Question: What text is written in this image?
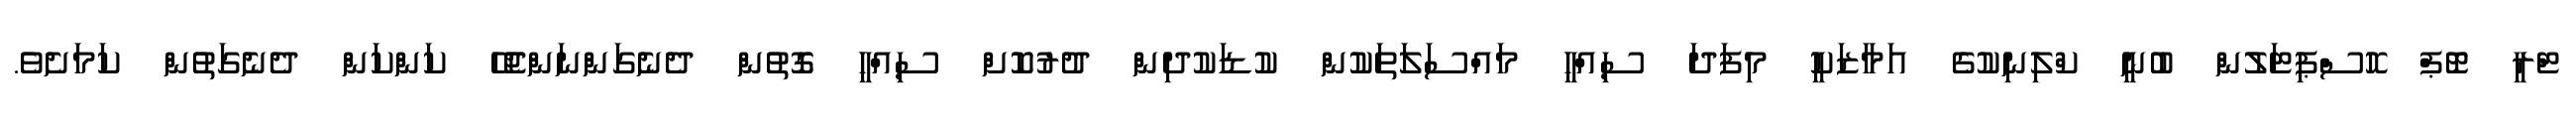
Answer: ޓްރީ ޓޮޕް ހޮސްޕިޓަލުން ބުނީ ކްލިނިކުގެ އަމާޒަކީ މިފަދަ ސިއްހީ މައްސަލަތަކުން ކުޑަކުދިން ދުރުކޮށް ސިއްހީ ގޮތުން ދެނެގަންނަންޖެހޭ ކަންކަން ދެނެގަތުން ކަމަށެވެ.